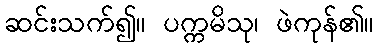
ဆင်းသက်၍။ ပက္ကမိသု၊ ဖဲကုန်၏။